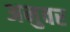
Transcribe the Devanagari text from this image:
अनुवर